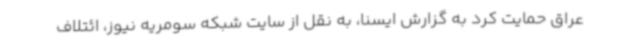
عراق حمایت کرد به گزارش ایسنا، به نقل از سایت شبکه سومریه نیوز، ائتلاف